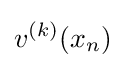
v^{(k)}(x_{n})